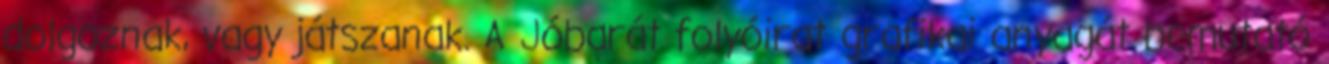
dolgoznak, vagy játszanak. A Jóbarát folyóirat grafikai anyagát bemutató